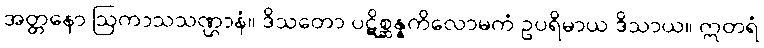
အတ္တနော ဩကာသသဏ္ဌာနံ။ ဒိသတော ပဋိစ္ဆန္နကိလောမကံ ဥပရိမာယ ဒိသာယ။ ဣတရံ